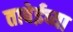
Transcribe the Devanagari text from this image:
ताबेईच्या